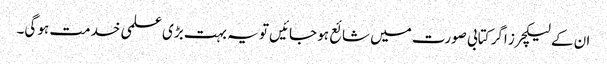
ان کے لیکچرز اگر کتابی صورت میں شائع ہو جائیں تو یہ بہت بڑی علمی خدمت ہو گی۔